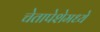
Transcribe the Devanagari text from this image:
चेतापेशेमध्ये